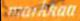
markkaa